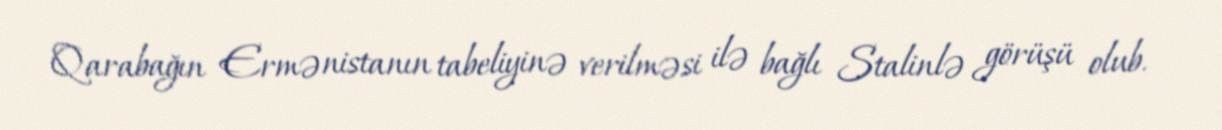
Qarabağın Ermənistanın tabeliyinə verilməsi ilə bağlı Stalinlə görüşü olub.